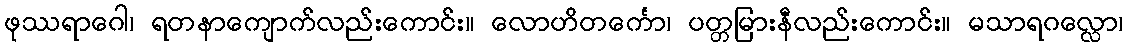
ဖုဿရာဂေါ၊ ရတနာကျောက်လည်းကောင်း။ လောဟိတင်္ကော၊ ပတ္တမြားနီလည်းကောင်း။ မသာရဂလ္လော၊